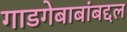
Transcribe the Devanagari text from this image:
गाडगेबाबांबद्दल